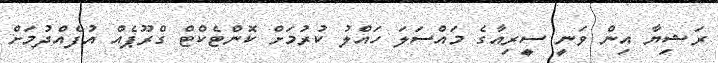
ރަޝިޔާ އިން ވަނީ ސީރިއާގެ މައްސަލަ ހައްލު ކުރުމަށް ކޮންޓެކްޓް ގްރޫޕެއް އުފެއްދުމަށް